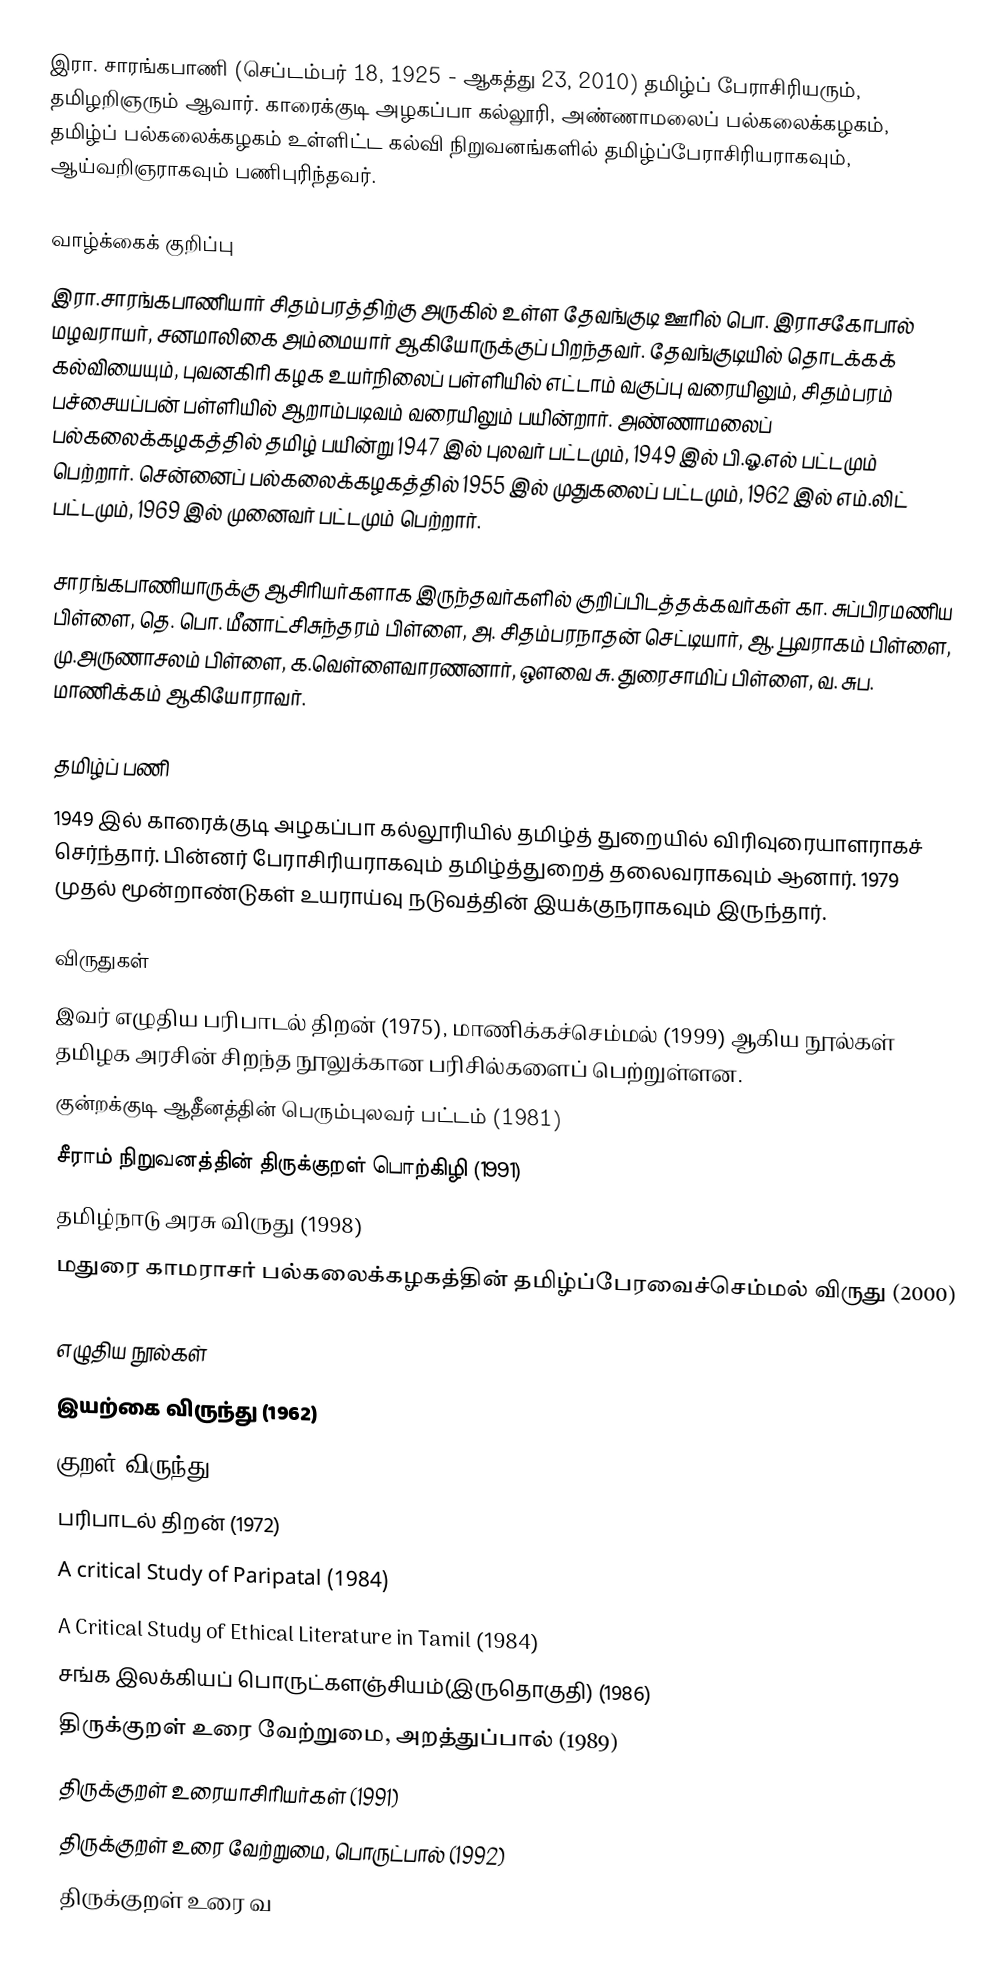
இரா. சாரங்கபாணி (செப்டம்பர் 18, 1925 - ஆகத்து 23, 2010) தமிழ்ப் பேராசிரியரும், தமிழறிஞரும் ஆவார். காரைக்குடி அழகப்பா கல்லூரி, அண்ணாமலைப் பல்கலைக்கழகம், தமிழ்ப் பல்கலைக்கழகம் உள்ளிட்ட கல்வி நிறுவனங்களில் தமிழ்ப்பேராசிரியராகவும், ஆய்வறிஞராகவும் பணிபுரிந்தவர்.

வாழ்க்கைக் குறிப்பு
இரா.சாரங்கபாணியார் சிதம்பரத்திற்கு அருகில் உள்ள தேவங்குடி ஊரில் பொ. இராசகோபால் மழவராயர், சனமாலிகை அம்மையார் ஆகியோருக்குப் பிறந்தவர். தேவங்குடியில் தொடக்கக் கல்வியையும், புவனகிரி கழக உயர்நிலைப் பள்ளியில் எட்டாம் வகுப்பு வரையிலும், சிதம்பரம் பச்சையப்பன் பள்ளியில் ஆறாம்படிவம் வரையிலும் பயின்றார். அண்ணாமலைப் பல்கலைக்கழகத்தில் தமிழ் பயின்று 1947 இல் புலவர் பட்டமும், 1949 இல் பி.ஓ.எல் பட்டமும் பெற்றார். சென்னைப் பல்கலைக்கழகத்தில் 1955 இல் முதுகலைப் பட்டமும், 1962 இல் எம்.லிட் பட்டமும், 1969 இல் முனைவர் பட்டமும் பெற்றார்.

சாரங்கபாணியாருக்கு ஆசிரியர்களாக இருந்தவர்களில் குறிப்பிடத்தக்கவர்கள் கா. சுப்பிரமணிய பிள்ளை, தெ. பொ. மீனாட்சிசுந்தரம் பிள்ளை, அ. சிதம்பரநாதன் செட்டியார், ஆ. பூவராகம் பிள்ளை, மு.அருணாசலம் பிள்ளை, க.வெள்ளைவாரணனார், ஒளவை சு. துரைசாமிப் பிள்ளை, வ. சுப. மாணிக்கம் ஆகியோராவர்.

தமிழ்ப் பணி
1949 இல் காரைக்குடி அழகப்பா கல்லூரியில் தமிழ்த் துறையில் விரிவுரையாளராகச் செர்ந்தார். பின்னர் பேராசிரியராகவும் தமிழ்த்துறைத் தலைவராகவும் ஆனார். 1979 முதல் மூன்றாண்டுகள் உயராய்வு நடுவத்தின் இயக்குநராகவும் இருந்தார்.

விருதுகள்
இவர் எழுதிய பரிபாடல் திறன் (1975), மாணிக்கச்செம்மல் (1999) ஆகிய நூல்கள் தமிழக அரசின் சிறந்த நூலுக்கான பரிசில்களைப் பெற்றுள்ளன.
குன்றக்குடி ஆதீனத்தின் பெரும்புலவர் பட்டம் (1981)
சீராம் நிறுவனத்தின் திருக்குறள் பொற்கிழி (1991)
தமிழ்நாடு அரசு விருது (1998)
மதுரை காமராசர் பல்கலைக்கழகத்தின் தமிழ்ப்பேரவைச்செம்மல் விருது (2000)

எழுதிய நூல்கள்
இயற்கை விருந்து (1962)
குறள் விருந்து (1968)
பரிபாடல் திறன் (1972)
A critical Study of Paripatal (1984)
A Critical Study of Ethical Literature in Tamil (1984)
சங்க இலக்கியப் பொருட்களஞ்சியம்(இருதொகுதி) (1986)
திருக்குறள் உரை வேற்றுமை, அறத்துப்பால் (1989)
திருக்குறள் உரையாசிரியர்கள் (1991)
திருக்குறள் உரை வேற்றுமை, பொருட்பால் (1992)
திருக்குறள் உரை வ